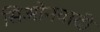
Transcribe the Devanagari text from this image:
सिओनवादी